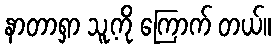
နာတာရှာ သူ့ကို ကြောက် တယ်။